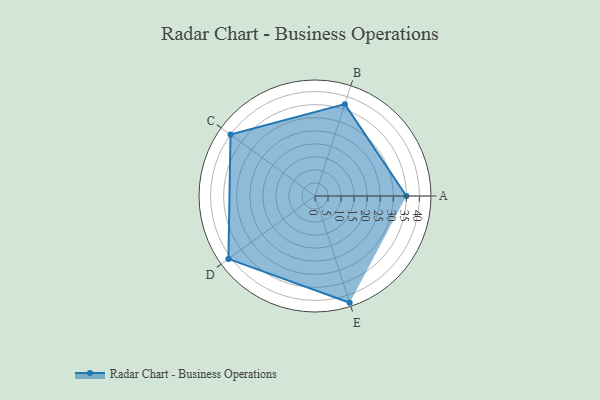
{"axis": {"x": "Skill", "y": "Score"}, "legend": ["Profile"], "data": [{"x": "A", "y": 35.0, "type": "Profile"}, {"x": "B", "y": 37.0, "type": "Profile"}, {"x": "C", "y": 40.0, "type": "Profile"}, {"x": "D", "y": 41.0, "type": "Profile"}, {"x": "E", "y": 43.0, "type": "Profile"}]}